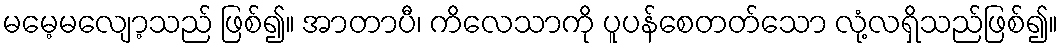
မမေ့မလျော့သည် ဖြစ်၍။ အာတာပီ၊ ကိလေသာကို ပူပန်စေတတ်သော လုံ့လရှိသည်ဖြစ်၍။